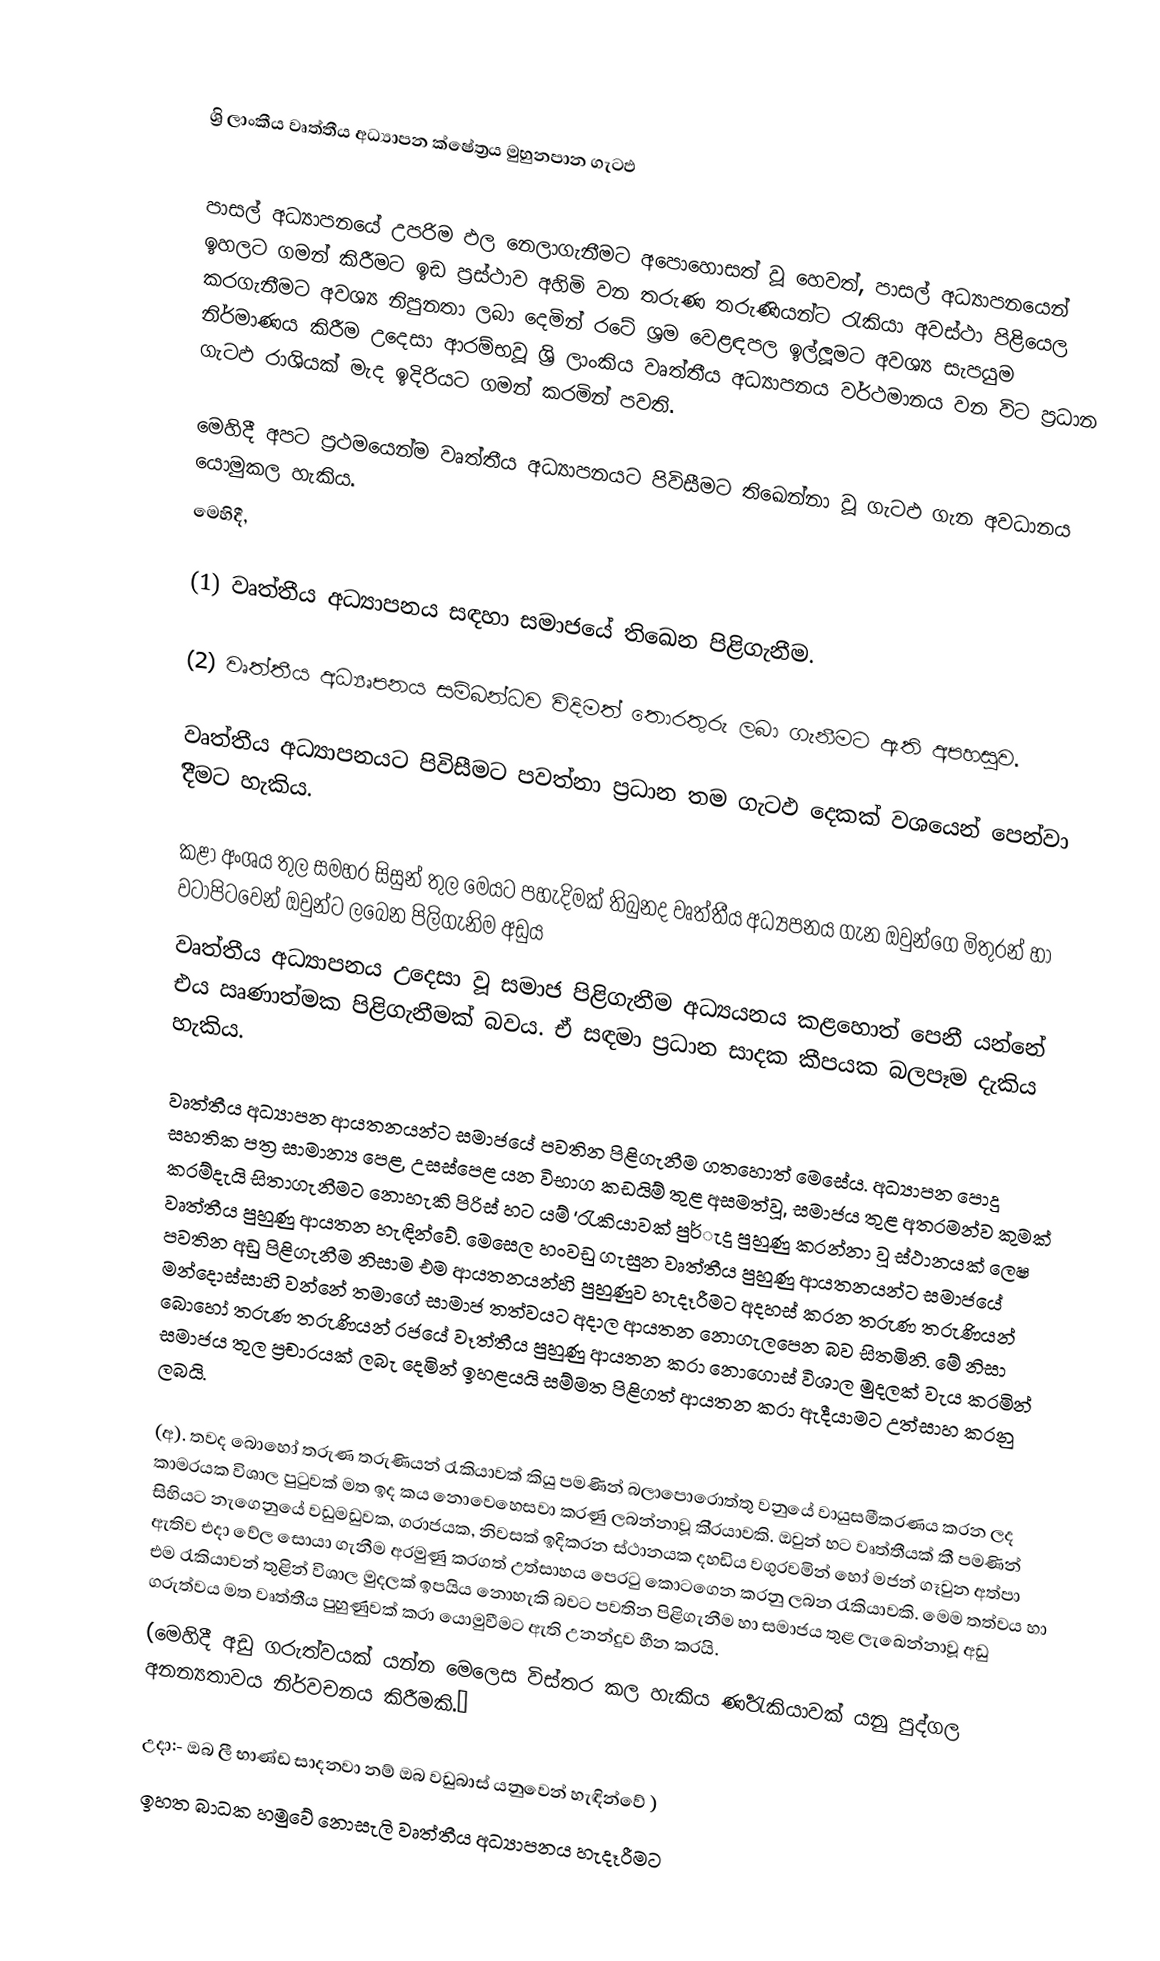

ශ්‍රි ලාංකීය වෘත්තීය අධ්‍යාපන ක්ෂේත්‍රය මුහුනපාන ගැටඵ

පාසල් අධ්‍යාපනයේ උපරිම ඵල නෙලාගැනීමට අපොහොසත් වූ හෙවත්, පාසල් අධ්‍යාපනයෙන් ඉහලට ගමන් කිරීමට ඉඩ ප්‍රස්ථාව අහිමි වන තරුණ තරුණියන්ට රැකියා අවස්ථා පිළියෙල කරගැනීමට අවශ්‍ය නිපුනතා ලබා දෙමින් රටේ ශ්‍රම වෙළඳපල ඉල්ලූමට අවශ්‍ය  සැපයුම නිර්මාණය කිරීම උදෙසා ආරම්භවූ ශ්‍රි ලාංකිය වෘත්තීය අධ්‍යාපනය වර්ථමානය වන විට ප්‍රධාන ගැටඵ රාශියක් මැද ඉදිරියට ගමන් කරමින් පවති.

මෙහිදී අපට ප්‍රථමයෙන්ම වෘත්තීය අධ්‍යාපනයට පිවිසීමට තිඛෙන්නා වූ ගැටඵ ගැන අවධානය යොමුකල හැකිය.
මෙහිදී,

(1)	වෘත්තීය අධ්‍යාපනය සඳහා සමාජයේ තිඛෙන පිළිගැනීම.

(2)	වෘත්තීය අධ්‍යෘපනය සම්බන්ධව විදිමත් තොරතුරු ලබා ගැනීමට ඇති අපහසුව.

වෘත්තීය අධ්‍යාපනයට පිවිසීමට පවත්නා ප්‍රධාන තම ගැටඵ දෙකක් වශයෙන් පෙන්වා දිීමට හැකිය.

කළා අංශය තුල සමහර සිසුන් තුල මෙයට පහැදිමක් තිබුනද  වෘත්තීය අධ්‍යපනය ගැන ඔවුන්ගෙ මිතුරන් හා වටාපිටවෙන් ඔවුන්ට ලබෙන පිලිගැනිම  අඩුය
වෘත්තීය අධ්‍යාපනය උදෙසා වූ සමාජ පිළිගැනීම අධ්‍යයනය කළහොත් පෙනී යන්නේ එය ඍණාත්මක පිළිගැනීමක් බවය.  ඒ සඳමා ප්‍රධාන සාදක කීපයක බලපෑම දැකිය හැකිය.

වෘත්තීය අධ්‍යාපන ආයතනයන්ට සමාජයේ පවතින පිළිගැනීම ගතහොත් මෙසේය.  අධ්‍යාපන පොදු සහතික පත්‍ර සාමාන්‍ය පෙළ, උසස්පෙළ යන විභාග කඩයිම් තුළ අසමත්වූ, සමාජය තුළ අතරමන්ව කුමක් කරම්දැයි සිතාගැනීමට නොහැකි පිරිස් හට යම් ‘රැකියාවක් පුර්ැදු පුහුණු කරන්නා වූ ස්ථානයක් ලෙෂ වෘත්තීය පුහුණු ආයතන හැඳින්වේ.  මෙසෙල හංවඩු ගැසුන වෘත්තීය පුහුණු ආයතනයන්ට සමාජයේ පවතින අඩු පිළිගැනීම නිසාම එම ආයතනයන්හි පුහුණුව හැදෑරීමට අදහස් කරන තරුණ තරුණියන් මන්දොස්සාහි වන්නේ තමාගේ සාමාජ තත්වයට අදාල ආයතන නොගැලපෙන බව සිතමිනි.  මේ නිසා බොහෝ තරුණ තරුණියන් රජයේ වෑත්තීය පුහුණු ආයතන කරා නොගොස් විශාල මුදලක් වැය කරමින් සමාජය තුල ප්‍රචාරයක් ලබැ දෙමින් ඉහළයයි සම්මත පිළිගත් ආයතන කරා ඇදීයාමට උත්සාහ කරනු ලබයි.

(අ).  තවද බොහෝ තරුණ තරුණියන් රැකියාවක් කියු පමණින් බලාපොරොත්තු වනුයේ වායුසමීකරණය කරන ලද කාමරයක විශාල පුටුවක් මත ඉද කය නොවෙහෙසවා කරණු ලබන්නාවූ කි්‍රයාවකි.  ඔවුන් හට වෘත්තීයක් කී පමණින් සිහියට නැගෙනුයේ  වඩුමඩුවක, ගරාජයක, නිවසක් ඉදිකරන ස්ථානයක දහඩිය වගුරවමින් හෝ මජන් ගෑවුන අත්පා ඇතිව එදා වේල සොයා ගැනීම අරමුණු කරගත් උත්සාහය පෙරටු කොටගෙන කරනු ලබන රැකියාවකි.  මෙම තත්වය හා එම රැකියාවන් තුළින් විශාල මුදලක් ඉපයිය නොහැකි බවට පවතින පිළිගැනීම හා සමාජය තුළ ලැඛෙන්නාවූ අඩු ගරුත්වය මත වෘත්තීය පුහුණුවක් කරා යොමුවීමට ඇති උනන්දුව හීන කරයි.
(මෙහිදී අඩු ගරුත්වයක් යන්න මෙලෙස විස්තර කල හැකිය  ර්‍ණරැකියාවක් යනු පුද්ගල අනන්‍යතාවය නිර්වචනය කිරීමකි.”

උදා:-  ඔබ ලී භාණ්ඩ සාදනවා නම් ඔබ වඩුබාස් යනුවෙන් හැඳින්වේ )
ඉහත බාධක හමුවේ නොසැලි වෘත්තීය අධ්‍යාපනය හැදෑරීමට